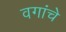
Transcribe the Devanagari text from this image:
वगांचे